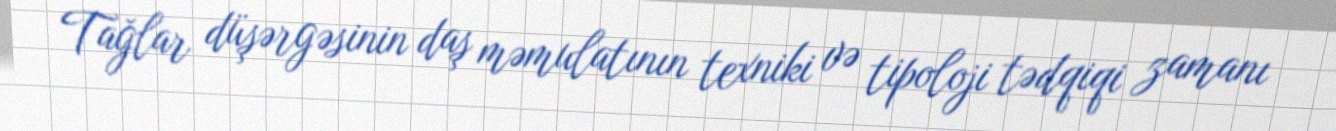
Tağlar düşərgəsinin daş məmulatının texniki və tipoloji tədqiqi zamanı